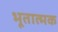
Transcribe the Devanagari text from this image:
भूतात्मक